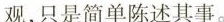
观，只是简单陈述其事。